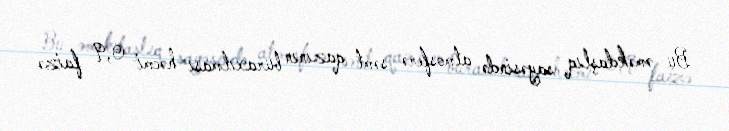
Bu əməkdaşlıq sayəsində atmosferə səmt qazının buraxılması həcmi 0,9 faizə